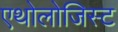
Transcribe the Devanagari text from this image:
एथोलोजिस्ट